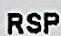
RSP